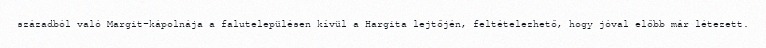
századból való Margit-kápolnája a falutelepülésen kívül a Hargita lejtőjén, feltételezhető, hogy jóval előbb már létezett.